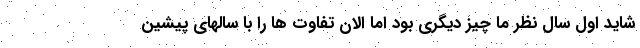
شاید اول سال نظر ما چیز دیگری بود اما الان تفاوت ها را با سالهای پیشین